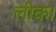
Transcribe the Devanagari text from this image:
लीक।